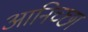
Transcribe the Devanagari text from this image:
आनिच्छा